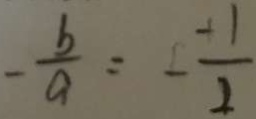
- \frac { b } { a } = - \frac { - 1 } { 2 }